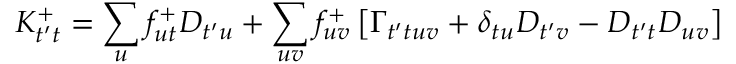
K _ { t ^ { \prime } t } ^ { + } = \sum _ { u } f _ { u t } ^ { + } D _ { t ^ { \prime } u } + \sum _ { u v } f _ { u v } ^ { + } \left[ \Gamma _ { t ^ { \prime } t u v } + \delta _ { t u } D _ { t ^ { \prime } v } - D _ { t ^ { \prime } t } D _ { u v } \right]